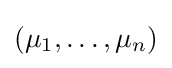
(\mu _{1},\ldots ,\mu _{n})